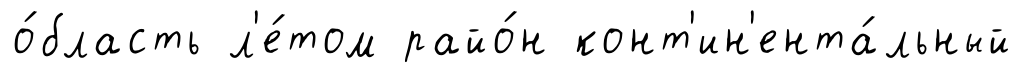
о́бласть л'е́том райо́н конт'ин'ента́льный